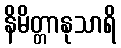
နိမိတ္တာနုသာရိ